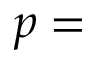
p =